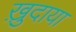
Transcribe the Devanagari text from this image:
ख़ु़दाया